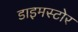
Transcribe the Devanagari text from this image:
डाइमस्टोर